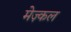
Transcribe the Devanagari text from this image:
मेज़्कल